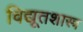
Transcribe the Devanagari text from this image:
विद्यूतशास्त्र